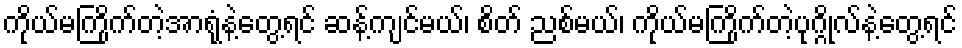
ကိုယ်မကြိုက်တဲ့အာရုံနဲ့တွေ့ရင် ဆန့်ကျင်မယ်၊ စိတ် ညစ်မယ်၊ ကိုယ်မကြိုက်တဲ့ပုဂ္ဂိုလ်နဲ့တွေ့ရင်